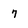
Character: 7